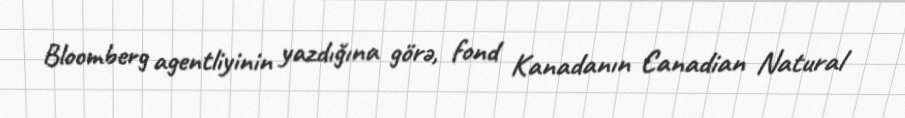
Bloomberg agentliyinin yazdığına görə, fond Kanadanın Canadian Natural